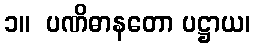
၁။  ပဏိဓာနတော ပဋ္ဌာယ၊